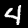
Digit: 4